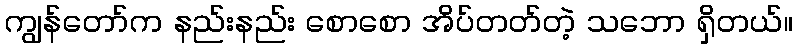
ကျွန်တော်က နည်းနည်း စောစော အိပ်တတ်တဲ့ သဘော ရှိတယ်။